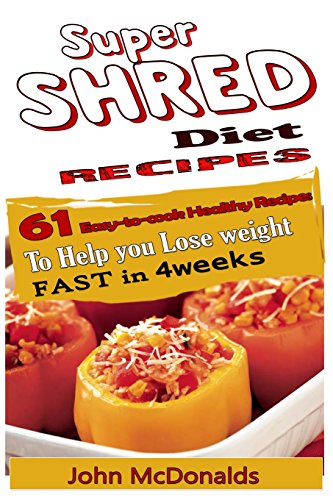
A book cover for Super Shred Diet Recipes: 61 Easy-to-cook Healthy Recipes To Help you Lose weight FAST in 4weeks; John Mcdonalds; Health, Fitness & Dieting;